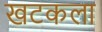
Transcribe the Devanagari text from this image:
खटकला